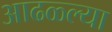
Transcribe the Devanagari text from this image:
आढळ्ल्या